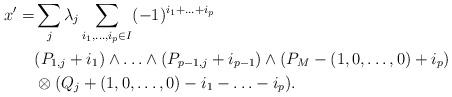
LaTeX: \begin{align*}x'=&\sum_j\lambda_j\sum_{i_1,\ldots,i_p\in I}(-1)^{i_1+\ldots+i_p} \\ &(P_{1,j}+i_1)\wedge\ldots\wedge(P_{p-1,j}+i_{p-1})\wedge(P_M-(1,0,\ldots,0)+i_p) \\&\otimes(Q_j+(1,0,\ldots,0)-i_1-\ldots-i_p).\end{align*}